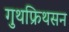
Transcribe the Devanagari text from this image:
गुथफ्रिथसन